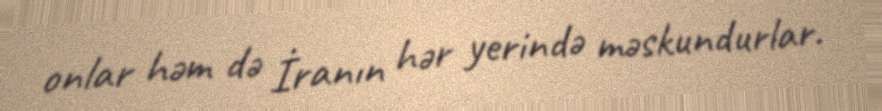
onlar həm də İranın hər yerində məskundurlar.